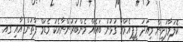
ކޮލަމާފުށިން މިއަދު ޕީޕީއެމްއާ ގުޅުނު ބައެއް މެންބަރުންނާއެކު މެޑަމް ފާތުން އާއި ގއ.